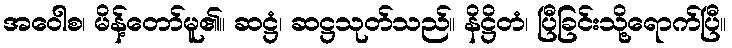
အဝေါစ၊ မိန့်တော်မူ၏။ ဆဋ္ဌံ၊ ဆဋ္ဌသုတ်သည်။ နိဋ္ဌိတံ၊ ပြီခြင်းသို့ရောက်ပြီ။